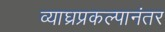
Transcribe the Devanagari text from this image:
व्याघ्रप्रकल्पानंतर